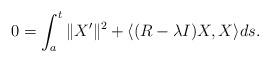
LaTeX: \begin{gather*}0 = \int_a^t \|X'\|^2 + \langle (R-\lambda I)X, X \rangle ds.\end{gather*}